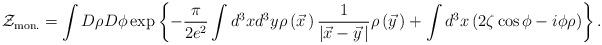
LaTeX: \begin{align*}{\cal Z}_{\rm mon.}=\int D\rho D\phi\exp\left\{-\frac{\pi}{2e^2}\int d^3xd^3y\rho\left(\vec x{\,}\right)\frac{1}{\left|\vec x-\vec y{\,}\right|}\rho\left(\vec y{\,}\right)+\int d^3x\left(2\zeta\cos\phi-i\phi\rho\right)\right\}.\end{align*}